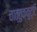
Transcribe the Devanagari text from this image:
चात्तुक्कुट्टि